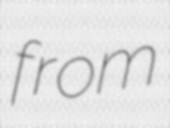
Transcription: from